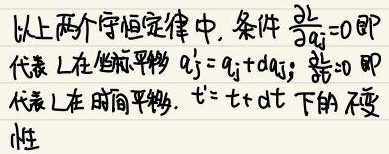
以上两个守恒定律中，条件$\frac{\partial L}{\partial q_{j}} = 0$即代表$L$在坐标平移$q_{j}'=q_{j}+dq_{j}$；$\frac{\partial L}{\partial t}=0$即代表$L$在时间平移$t' = t + dt$下的不变性。